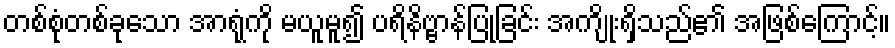
တစ်စုံတစ်ခုသော အာရုံကို မယူမူ၍ ပရိနိဗ္ဗာန်ပြုခြင်း အကျိုးရှိသည်၏ အဖြစ်ကြောင့်။